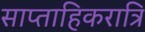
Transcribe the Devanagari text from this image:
साप्ताहिकरात्रि